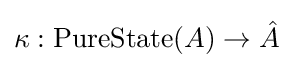
\kappa :\operatorname {PureState} (A)\to {\hat {A}}